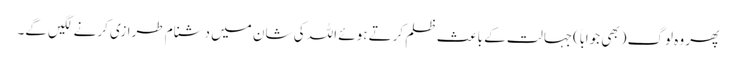
پھر وہ لوگ (بھی جواباً)جہالت کے باعث ظلم کرتے ہوئے اللہ کی شان میں دشنام طرازی کرنے لگیں گے۔